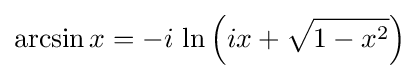
\arcsin x=-i\,\ln \left(ix+{\sqrt {1-x^{2}}}\right)